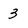
Character: 3